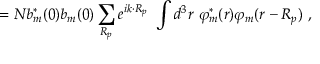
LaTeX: = N b _ { m } ^ { * } ( 0 ) b _ { m } ( 0 ) \sum _ { \boldsymbol { R _ { p } } } e ^ { i { \boldsymbol { k \cdot R _ { p } } } } \ \int d ^ { 3 } r \ \varphi _ { m } ^ { * } ( { \boldsymbol { r } } ) \varphi _ { m } ( { \boldsymbol { r - R _ { p } } } ) \ ,